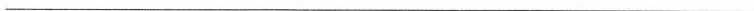
___